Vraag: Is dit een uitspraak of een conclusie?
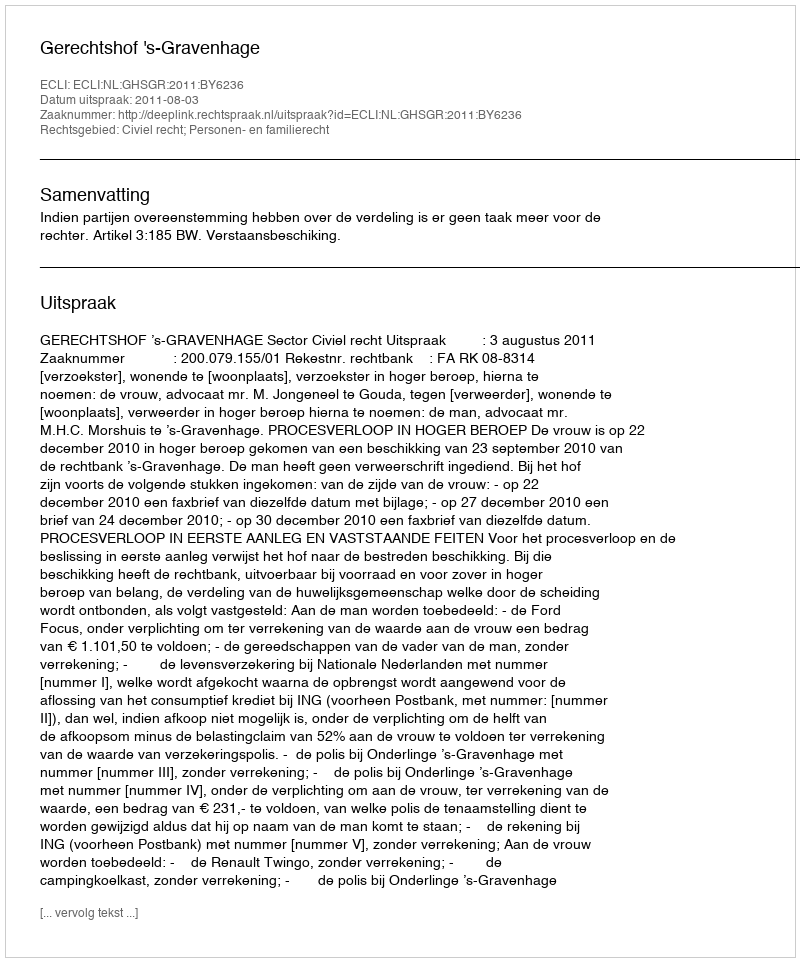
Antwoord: Uitspraak